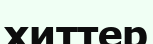
хиттер